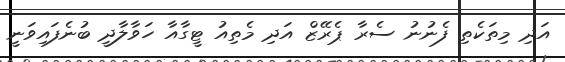
އަދި މިތަކެތި ފެނުނު ސެރާ ޕެރޭޒް އަދި މެތިއު ޓީގާއާ ހަވާލާދީ ބުނެފައިވަނީ